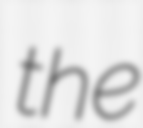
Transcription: the